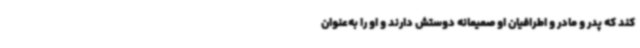
کند که پدر و مادر و اطرافیان او صمیمانه دوستش دارند و او را به‌عنوان